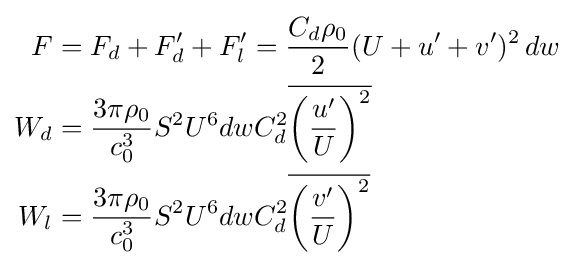
{\begin{aligned}F&=F_{d}+F'_{d}+F'_{l}={\frac {C_{d}\rho _{0}}{2}}(U+u'+v')^{2}\,dw\\W_{d}&={\frac {3\pi \rho _{0}}{c_{0}^{3}}}S^{2}U^{6}dwC_{d}^{2}{\overline {\left({\frac {u'}{U}}\right)^{2}}}\\W_{l}&={\frac {3\pi \rho _{0}}{c_{0}^{3}}}S^{2}U^{6}dwC_{d}^{2}{\overline {\left({\frac {v'}{U}}\right)^{2}}}\end{aligned}}